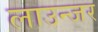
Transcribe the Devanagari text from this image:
लाउन्जर